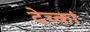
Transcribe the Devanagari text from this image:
देच्कां